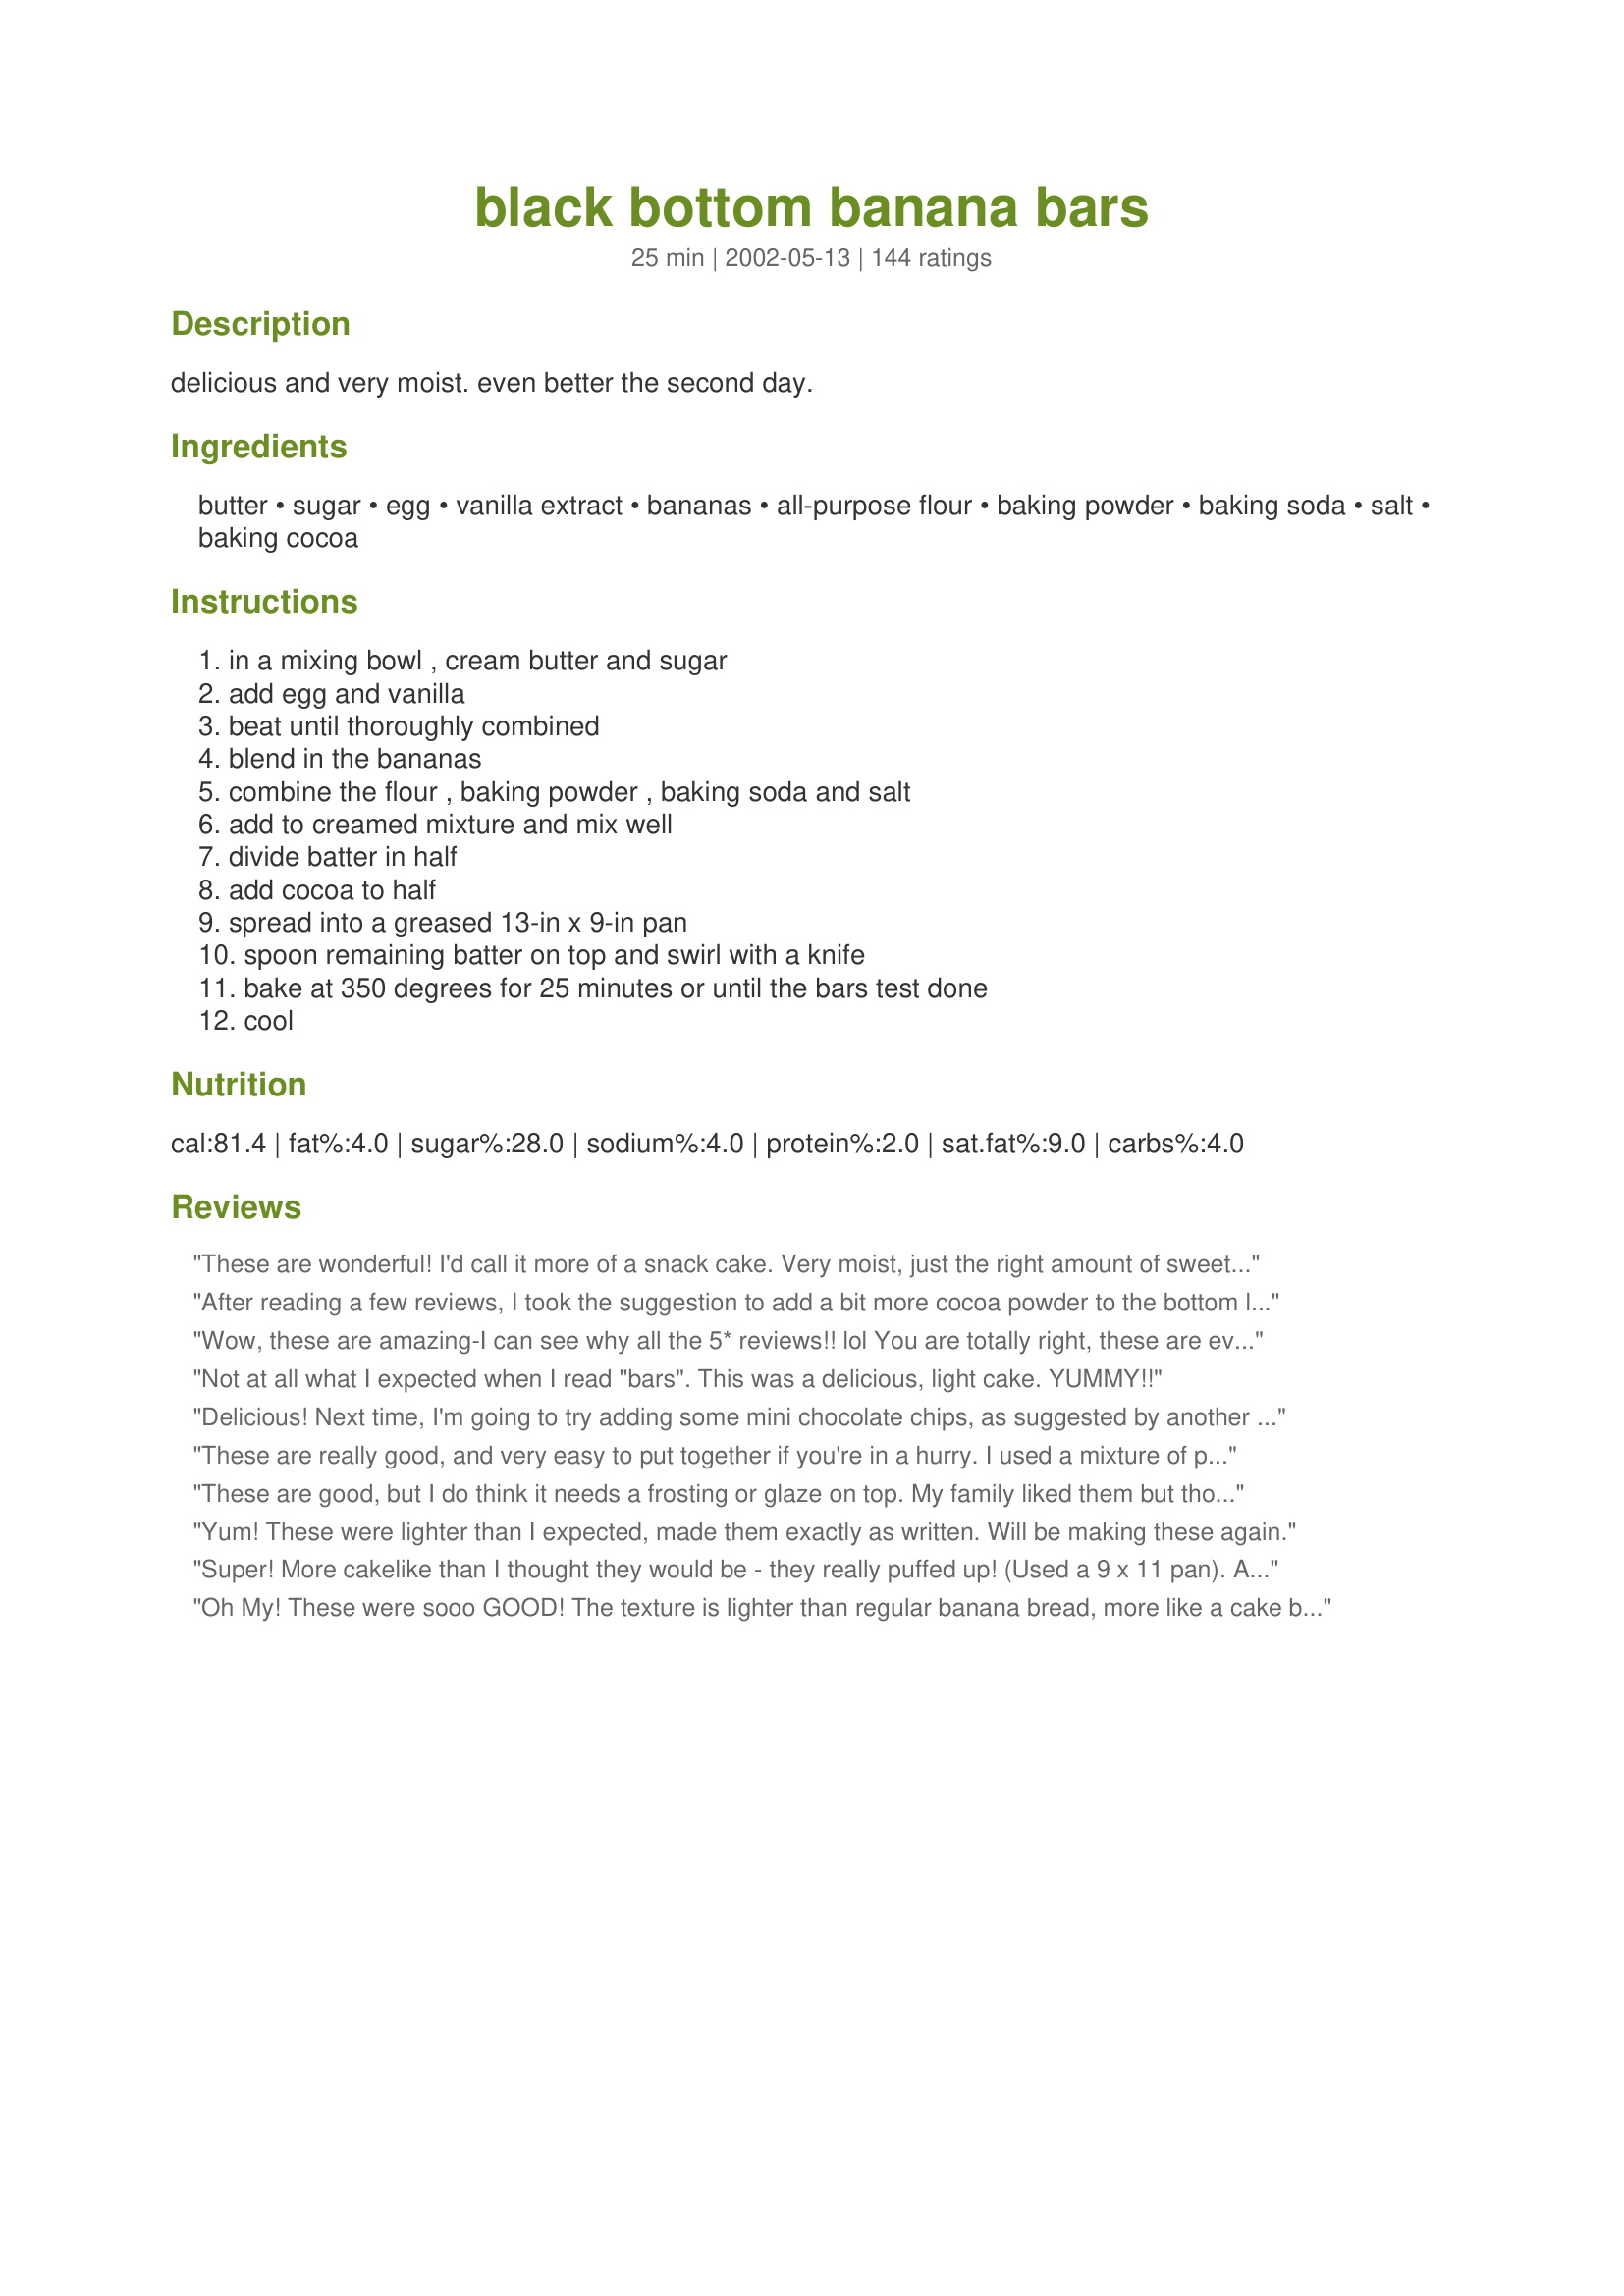
black bottom banana bars
Preparation time: 25 minutes

delicious and very moist. even better the second day.

Ingredients:
butter, sugar, egg, vanilla extract, bananas, all-purpose flour, baking powder, baking soda, salt, baking cocoa

Steps:
in a mixing bowl , cream butter and sugar, add egg and vanilla, beat until thoroughly combined, blend in the bananas, combine the flour , baking powder , baking soda and salt, add to creamed mixture and mix well, divide batter in half, add cocoa to half, spread into a greased 13-in x 9-in pan, spoon remaining batter on top and swirl with a knife, bake at 350 degrees for 25 minutes or until the bars test done, cool

Reviews:
These are wonderful! I'd call it more of a snack cake. Very moist, just the right amount of sweetness and chocolate flavor, and made from ingredients always on hand. I actually found the recipe on the internet when looking for ways to use up some ripe bananas. My son begs for this for dessert! Thanks for posting, Debster!
After reading a few reviews, I took the suggestion to add a bit more cocoa powder to the bottom layer and 1/4 bag of chocolate chips to the top and this recipe was perfect! I like the texture which is more like a snack cake. My coworkers, husband and myself give it all 5 stars.
Wow, these are amazing-I can see why all the 5* reviews!! lol
You are totally right, these are even more flavorful and moist the second day--even MORE the third! I made these 3 days in advance because I know from experience that banana bread type things only get better with time. What a great recipe, thanks for sharing!
Oh yes, and I got exactly 2 dozen bars.
Not at all what I expected when I read "bars". This was a delicious, light cake. YUMMY!!
Delicious! Next time, I'm going to try adding some mini chocolate chips, as suggested by another reviewer. The banana/chocolate combo is really good in this. Thanks for sharing!
These are really good, and very easy to put together if you're in a hurry. I used a mixture of pecans & walnuts in the plain banana batter, and next time I will add some chocolate chips to the chocolate batter (DH didn't think it was chocolate-y enough). Yummy change from plain banana bread - thanks for posting! -M =)
These are good, but I do think it needs a frosting or glaze on top. My family liked them but thought they were missing something. I will make again, they are easy to put together and look great. Thank you for posting, we liked them just want more sugar....ugh...lol.
Yum! These were lighter than I expected, made them exactly as written. Will be making these again.
Super! More cakelike than I thought they would be - they really puffed up! (Used a 9 x 11 pan). Added 1/4 cup of peanut butter to the white half and sprinkled the top with about 1/2 cup choc. chips before baking. (thanks, Canarygirl)! I will be making these again...
Oh My! These were sooo GOOD! The texture is lighter than regular banana bread, more like a cake because its tender and light, but still very moist. The banana flavor is very faint and the chocolate layer is what makes the cake! My boyfriend who claims to not like banana bread loved this! It is so easy to make as well. I will for sure be making this again, thanks for the recipe Debster!
I have died and gone to heaven. I made it twice and the second time I added 3/4 walnuts and sprinkled the top with some mini chocolate chips. Mmmmmm
I found these so simple to make and absolutely delicious. I added peanut butter to the batter for the bottom layer and chocolate chip pieces to the top. They were delicious! My family loved them so much they were gone with in 2 days! Definately a keeper!! Thanks
These were really good. They were more cakey than I expected but still very good. I added some cinnamon and it made them even better. To reduce the number of dishes, I did the chocolate layer on top because then I could dump half of the batter in the pan and then add the cocoa (instead of having to put half of the batter in a separate bowl). It really didn't seem to negatively affect anything so if you want to use less dishes just do the chocolate layer on top.
Woah, hoa! Loved these! I added white chocolate to the bottom layer, but not enough, will add more next time (maybe 3/4 cup?) and I baked in an 8x8" pan for about 40ish minutes. I really liked the height of them and wonder if they would be as impressive in the 9x13 pan. Moist and delightful, thanks!
mmmm DH said these were wonderful! So easy to put together and a great use for over ripe bananas, I added half walnuts to the top to define the squares, worked out very nicely. A very nice looking bar with the two colours, thanks for posting a good addition to my Holiday freezer stash!
Really good banana bread in bar-form. Great idea! I cut them into servings, wrapped in plastic wrap and froze for to-go lunches.
Great recipe and oh so easy! They are a nice change from the old everyday banana bread. Thanks much!!!
Wow, absolutely incredible! I added chocolate chips to the plain banana layer, other than that I followed the recipe exactly. These were kind of like a cross between banana cake and banana bread. Delicious! I think next time I may cut back on the sugar by a tablespoon or two, as they are quite sweet - but YUM!!! Thank you Debster!
UPDATE - just ate some that I had frozen for 5.5 months....still moist and delicious!
These were good, but I was hoping for moist as others have mentioned them turning out. I didn't find them moist at all. They were light and fluffy which was fine. They were a hit with everyone who tried a piece.
Oh gosh. I made these tonight and haven't been able to stop snacking on it since! I made a few changes: for the 1/2 cup of butter, I used 1/4 cup butter and 1/4 cup plain yogurt (which seems to have definitely upped the moistness of the bars. They almost melt in my mouth!) I also used less than a cup of sugar; maybe about 3/4 though I might try it with 1/2 cup next time as I like less sweet desserts. I also doubled the vanilla, used a very full 1/3 cup of cocoa (the base became very chocolatey and delicious) and added some cinnamon to the batter as well. Yum yum yum! Mine ended up baking for just under 30 minutes and it is so delicious! Thanks so much!
My 11 year old daughter made by herself while I made dinner. They were really delicious and obviously easy to make, since she really didn't ask for help, except to spread the batter in the pan. The amount of batter looked too little for the pan size, but they turned out fine. I might try a smaller pan next time to get a thicker 'cake/bar' Overall, loved the recipe and it was the perfect way to use the overripe bananas we had! Moist and delicious! I don't care for chocolate chips, as some reviewers have suggested, but I might add a touch more cocoa.
soo. very. GOOD! i used 1/2 hydronated, 1/2 non-hydronated margerine, 3/4 cup sugar, and 1/2 cup ww flour with 1 cup white. it was great! but they spoil quickly, so make sure you have a large enought household to eat them all!
This tasted great and very easy to make. I will add nuts next time. Not sure if it tastes better the next day. It got finished in one setting. Thanks.
Took these to work for a bake sale and they were gone so fast I didn't ever get a chance to try them, but was told they were a 10. thanks
Hi Debster!

Delicious bars. Used 1/2 C sugar and 4 ripe bananas. Also 1 tsp banana extract because DH likes things with intense banana flavor. Then sprinkled walnuts over about 2/3 of them before cooking (some can't eat nuts). didn't swirl just baked. What a treat! Will make these many times

Thanks Judy in WA
delcious! I was expecting something far more dense, but these were like cake. I used brown sugar because, well, we just don't keep white sugar in the house; I also used half whole wheat flour and half all-purpose. I can't wait to try the variations people have suggested. Thanks for a great way to use ripe bananas! (and to get rid of the fruit flies that tend to come with having ripe bananas, check out <a href="/187531">Fruit Fly/Gnat Trap</a>)
Delicious! Super fast to make and very much worth every second. I followed the recipe exactly and they came out super moist. I took some to my coworkers and they gobbled em up! Next time I'm going to try adding the chocolate chips/peanut butter everyone here is raving about and I may try adding some walnuts (chopped super fine).
These bars are a perfect way to use up over-ripe bananas! I took a hint from previous reviewers and mixed peanut butter and a few peanut butter chips into the "white" half. Everyone loved this easy, yummy dessert. Thanks Debster for giving me a tasty alternative to banana bread!
This is a good recipe. The texture was good; it's not too sweet. I added 1/2 cup of pecans to the banana layer. To the chocolate layer, I added 1/2 cup of chocolate chips. Also, I added 1 tsp instant coffee to the baking cocoa, then made a thin paste by adding 2-3 Tbs boiling water. Then I added this to the batter. I did top the bars with a cream cheese glaze.
These were a great way to use up bananas. Moist, easy to make, and the chocolate layer added an interesting kick. I also added about half a bag of bittersweet chocolate chips for extra decadence. Thanks for sharing...
DELICIOUS! Thank-you for a great recipe.
Easy and really yummy. I would suggest using bananas that are over-ripe....almost black! They are so rich in flavor. I also added white chocolate chips to the mix and it added a nice texture. :)
We too were looking for a recipe to use up bananas, but were tired of banana bread. These didn't have enough cocoa to make a huge change in flavor. They are very similar to banana bread. I took them to work for a Thanksgiving potluck lunch. Typically I come home with an empty dish, but I still have half a pan of these left. Sorry, only a 3 star rating
I was a bit disappointed with these as I had hoped they would be more of a brownie texture, whereas they were more cake-like. However, once I got past the texture these were quite good. I made a chocolate glaze using cocoa powder, confectioner's sugar, and water. The glaze added a bit more sweetness to them. I think next time I will add some chocolate chips to the batter. Thanks for the recipe!
Excellent! Did 1/2 recipe in 8X8 pan for 25 minutes. Added chocolate chips with the cocoa powder.
Really good! I used 1/2 whole wheat flour (reduced amt. slightly) and they came out just fine. The kids loved them. Thanks!
These were great! I added some peanut butter in the white layer and topped it with rough chopped dark chocolate, taking advice from other reviewers. I baked it in a 13X9' pan and the timing was perfect. This was a great twist on traditional banana bread :0)
It is always nice to have another way to use a black banana. These were easy to put together and quick to do. The result is very moist and even too buttery for us. I will look for a way to cut back a bit on the butter next time, they even had a bit of a too oily feel to them. Very pretty two toned bars that look much harder to do than they are.
ORGASMIC!! When I baked these heavenly treats as an alternative to banana bread, my family polished them within 24 hours. I love how they are are elegant, decadent, and hip all at the same time--they can be serve as anything!!
Step 9 of this recipe describes this creation to a T. You'll have to scroll down to see it, sorry. These bars are wonderful eaten when still warm, and when cool! I ate too many though. (Didn't think that was possible but it is.) Thanks for posting!
Thank you for posting this recipe! It was a great way to get rid of some old bananas and is a lot of fun to experiment with different flavors. I added peanut butter as well to the top half and sprinkled it with powdered sugar when it came out! Very tasty and pretty looking!
Moist and easy to make, however turned out more cakey than I was expecting.
These were good for a change of pace from banana bread. I only had 2 bananas, so was a little less "banana-y" than expected. I added pecans between the layers (forgot to mix in with bottom layer) and chocolate chips sprinkled on top as other reviewers have mentioned. I was terrible at splitting in half! so I didn't have much of a top layer! But overall pretty good and definitely more flavor the 2nd day!
Very yummy and easy to make! I replaced the butter with 1/4 cup oil and 1/4 cup plain yogurt. I also reduced the sugar to 3/4 cup. Next time, I may omit the oil and just do 1/2 cup of plain yogurt to make it fat-free. A nice change from banana bread.
I tried these out because we always have left over bananas and everyone was getting sick of banana bread. DH and DS love them! So do the neighbor kids. Can't go wrong with these.
Moist and delicious! Love the chocolatey twist on a traditional banana bread-type recipe. Not overly sweet, too.
LOVE them! I replaced the butter with apple sauce, used only 2 bananas and 1 c. wheat/ .5 c. white flour and they were so freaking delicious. These are now taking the place of my regular banana bread recipes.
Modified to make these gluten free by adding an extra 1/2 teaspoon of baking powder and using a gluten free flour mix. I also added some semi-sweet chocolate chips to the chocolate batter. Baked 25 minutes at 340 degrees in a glass 9x13 and they turned out fantastic!
Thanks Debster for a delicious recipe. Cut out most of the fat by using 1/3 c. of applesauce and about a Tbsp. of margarine (although butter probably would have been more flavorable). Cut the sugar to 3/4 cup and used 1 cup of flour. After baking, added a light dusting of powdered sugar on top. <br/><br/>This recipe is a keeper.
I also used light butter and splenda. I halved the recipe and put it in a 8x8 pan and baked it for about 20 mins and the results where wonderful!
Had to make these as soon as I found this recipe! Gr-r-r-r-r-eat!! Very moist and perfect. I'm glad that I found this recipe instead of making my usual banana bread. D-licious! :)
These are excellent. Did not take long at all to get in the oven. I used half Splenda and light margarine just to make them a little "lighter". I have also made them as written and did not notice a difference between the two. Will make often.
I could absolutely eat the entire pan of these delightful bars by myself! That is, if I can get DH to keep his hands off of them :) These are so wonderful and really are even better the next day, though it is utter torture to have to sit and stare at them and wait! I think next time I will add some nuts or chips as suggested by Graybert!
Yep...these are excellent. I used three large bananas and added nestle semi-sweet morsels on top before swirling...which blended the morsels in well. Yum !
yummy, yummy! made this at my boyfriends' grandmothers house and she couldn't stop nibbling on this! but neither could we! really delicious!! used a 9x9 pan and shoulda used a 9x13. they turned out good, just took forever to bake!
Delicious - definitely will make these again! I followed the recipe mostly (used a little less butter (6Tbsp) and a little less sugar than called for - the banana bars turned out fine (no problem cutting back on the butter & sugar). I also added chopped walnuts (mandatory for any banana-cake recipe) - very tasty. Thanks for posting.
Yum! Yum! I was tired of making the same old banana bread with my ripe bananas. This is our new replacement recipie!! I added chocolate chips in between and on top of the batter and it made it even richer. Very moist and YUMMY!
DH thought these were super tasty! I used the flax egg replacer since I didn't have any eggs on hand and also used finger bananas - they turned out great. After reading the other reviews I wanted to incorporate more chocolate somehow but didn't have any chips so I used hershey kisses - I just pushed them in when taking the bars out of the oven. Thanks for a great way to use extra bananas!
I'm not one to complain about anything that has bananas in it, but these deserve a standing ovation!!!! I followed the recipe exactly, and these were awesome! They are sooo easy to make, too! Thank you!!
~Manda
Tastes great and really moist, the kids loved it. I put chocolate chips in the white half, next time I'm going to try peanut butter.
Like everyone else I was trying to use up 3 very ripe bananas. I chose this recipe because it was a little different with the chocolate layer. I'm glad I did they are very moist an extremely tasty. I also had some left over cream cheese frosting from a carrot cake I had made so I drizzled that over the top and it was a nice addition for my husbands huge sweet tooth. Thanks so much for posting Debster!
These turned out delicious: good texture and and not too sweet. I won't give stars, because I made significant changes. Because some reviewers said they were bland, I doubled the vanilla, added a teaspoon of cinnamon, and increased the cocoa to a scant half cup. I also made them with 1 c white flour and 1/2 c whole wheat flour.
When I saw this recipe in a "Taste of Home" magazine 8 years ago, I fell in love with the picture and immediately set about to make it. No regrets! It does taste much better the second day.
These were great! I actually used a smaller pan (9X9) and baked them about 10 minutes longer. These were plump and moist...I used about 5 small extremely ripe black bananas, the flavor was intense and smooth. I also threw some Ghiradhelli chocolate chips on top before baking, simply smashing! I'm getting ready to take these over to my in-laws house right now, these are too dangerous to be left sitting out! :) Thanks! (posted 7/7/2002) ***UPDATE***: Well this is rather strange, but I just heard back from the inlaws today, and they said, &quot;I don't think those banana bars are something we would eat frequently. There's nothing wrong with them, they're just not to our taste.&quot; How odd, I thought, as the last time I checked they seemed to devour anything even remotely smudged with chocolate. Even so, I'm still standing by my 5-star rating.
Excellent way to use overripe bananas! I usually make Banana Chocolate Chip Bread, but my kids and husband love this so much that they only want this treat from now on! My additions to the recipe included approx 1/3 cup creamy peanut butter, 1/2 tsp nutmeg & 1 tsp cinnamon to the main batter, and 1 cup mini chocolate chips and approx 1/2 cup Nutella (chocolate hazelnut spread - I had it in the pantry) to the chocolate batter. I sprinkled 1/2 the top with mini chocolate chips (for the kids) and other half with pecans halves (for hubby and me). So moist and yummy!!!
Very moist, easy and delicious!YUM!
Wonderful recipe! Everyone ate them right up!
They were good, and I only had about a 8 min cooking time, but considering I made them into cupcakes instead of on a cake pan, I'd say they they came out just as expected! I put almonds and walnuts in the cocoa batter, and mixed chocolate sprinkles in the lighter banana batter, with sprinkles on top just for effect. They are very rich and moist, enjoyed by all!
This recipe is so good and so easy! They were browned before they were done in the center so I covered them with foil and cooked a few minutes longer-perfect! I baked them in a 9x11 pan. I added peanut butter to the second layer and some chocolate peanut butter chips to the other layer! Yum!
My daughter made these before and everyone loved them so had some bananas that needed to be used and thought of this recipe. Absolutely delicious. I didn't change a thing and will make it exactly like this the next time, too. From now on this is the only banana bread recipe I am going to use. Thanks so much. Now to be patient and not have another piece until tomorrow.
i made this for my man to take hunting, but i am keepin it for myself. I might eat the whole thing. doulbled the chocolate and added nuts and white chocolate chips. mmmmmmmmmmmmmmmmmmmm
Hi Debster, Really enjoyed these banana bars. They were so easy to throw together and I had them done in no time. I followed the recipe exactly and the bars turned out very moist. I brought them to my sister's luncheon today and everyone loved them. Thanks for a recipe I will make again.
These were wonderful. I added some chocolate chips to the chocolate layer and also added peanut butter frosting on top. Mmmmmm....
Really delicious and easy to make. I added some chopped walnuts to the chocolate-y part and some cinnamon to the top part.
Recipe was fine, and the bars look good, however, as far as taste goes, they were just okay. I am rather disappointed because so many reviewers gave it 5 stars so I thought it would be delicious.
These were moist and fluffy and just delicious! I added a smidgen of cinnamon to the flour mixture because I love cinnamon with bananas. Thanks for sharing.
Sorry, but we did not care for the chocolate/banana combination. Thanks for posting.
These were very moist. Not too flavourful though, I expected more of an intense banana flavour and a more chocolate flavour in the chocolate layer. We thought they were good, but they didn't go too quickly.
I just did a search to see if anyone had posted this recipe. My grandma gave me this recipe some years ago - it was cut off a plastic bag of something (I want to say confectioner's sugar, but that doesn't make sense since there isn't any of that in this recipe!). We love these bars. They are also good with some nuts, chocolate chips, or peanut butter chips mixed in. Yum!
My family didnt care for these, said they werent very flavorful. They are very moist, but awfully bland.
Super moist (almost wet) but that is probably because I used 3 medium bananas that yielded about 2-1/4 cups of mashed fruit. It baked up nicely in 25 minutes in my 9x13 Dansk cast iron baker. I brought them to the office today and while they were enjoyed by all, the most common comment was their lack of chocolate flavor. I will try them again, carefully measuring and using only 1-1/2 cups of banana and adding chocolate chips to the chocolate layer and walnuts to banana layer. Thanks for posting!
This recipe didn't turn out the way I thought it was going to but I was pleasantly surprised. The bars are cake-like but very light & moist. I love how fudgey the chocolate layer is!!
This turned out ok. Needed a little extra, so i mixed some PB into the top half which added flavor and sprinkled with chocolate chips. Next time may try nuts instead.
Very good! I made them this afternoon; I ate only a smidge. By the time I came home from work 5 hours later, the whole dish was just about eaten!
5 *s because I did it a bit differently. Didn't go to extra trouble to mix the batters, just combined everything. Did it in a brownie pan so it was a bit taller, think they might have been flat if you spread it out to a 13 X 9. Husband is an almond lover so added some almond extract &amp; ground almonds, but it's still great without.
Fast, easy and delicious. I made a half recipe using 2 bananas and one egg white but used the 1/4 cup cocoa based on other reviews suggesting that it could be more chocolatety. Also threw in about 1/2 cup mini chocolate chips into the top layer. Baked in a 9x9 pan and it was done in 15 minutes. Definitely a soft, cakelike texture (not chewy). We loved it and ate the entire cake within hours.
So good and so easy. We've been reheating them and serving with vanilla ice cream. Very yummy! Thanks for posting!
wow! this is extreme banana banana bars! Not sweet at all, very moist, goes very well with coffee or tea. I swirled it though so it came out technicolor! Looks like it came from the bakery! LOL thanks for this great recipe!
These bars are so yummy! they were super moist and had a wonderful banana flavor, added chocolate chips to the bottom and a pinch of nutmeg also.
Made this and brownies to a friend's BBQ. These were eaten first and got rave reviews all around. I added some chocolate chips to the top layer as well. YUM.
I have made these twice now and both times they turned out fantastic, however the second time I made them I added some walnuts to the top layer and a handful of chocolate chips to the bottom layer and that really put them on a different level!! Just the right amount of sweetness with a great consistency! Thanks for posting!
Delicious! These were so simple to make! I did add about 1/4 cup of peanut butter to the "white" mixture, as well as sprinkled the top with chocolate chips. I too used the 8 x 8 pan, but 10 minutes longer wasn't enough time for my oven...I ended up leaving them in for 20 minutes more. Thanks for a great recipe, Debster!
These were delish, however, in looking at the photos I expected a more of a brownie texture. Mine came out more like a cake texture. It is true though that they're better the next day-more time to sit and get moist. Thanks for a keeper!
Very good "cake" bar. Added more bananas- about 2 cups of very ripe mashed bananas. Also took hint of adding some chocolate chips to top of bottom layer. Very easy recipe. My baking powder was outdated and forgot to swirl, but came out moist and tasty. thanks
don't overbake
These are delightful! I think I'll add some pecans next time and maybe some mini chocolate chips to the chocolate layer. Great texture, wonderful flavor. I don't know if there will be any around to try tomorrow! Next time, I'll definitely make a double batch.
These are amazing! I sprinkled the top with chopped peanuts because we were out of peanut butter, and these turned out wonderful! I will definately be making this whenever we have ripe bananas around the house. Thank you so much for the recipe! :)
great recipe! Quick and easy. I did it all in my standing mixer (except final bit where you separate). I sprinkled small bittersweet chips on top too.
This recipe is a wonderful alternative to banana bread (my "auto-pilot" recipe for leftover bananas). My family seemed to appreciate the change, too...it was gobbled up in no time! Thanks a bunch!
Good, not great. It is very moist (I used 3 LARGE bananas). I also doubled the cocoa and think the recipe needs it. These are not the texture of brownies, but denser than cake.
WOW, these didnâ€™t stick around the house very longâ€¦ LOL. I added chocolate chips to the bottom layer and walnuts to the top layer. I used a 11 x 7 pan, so I had to cook it a bit longer. YUMM!
Excellent. I took this to a potluck (can you believe this was the only desert brought out of 12 people??) and it received top marks by all. Too bad I didn't make two!!? Thanks Debster.
Ooo . . . so good fresh out of the oven. The chocolate layer is fantastic. I added a half of a cup mini choc chips to the chocolate batter. This will definitely be a keeper.
This makes a great banana bread. Adding coco powder to half of the batter makes the bottom layer a bit dry. May try adding a 2 Tbsp. of coconut oil to the chocolate half to boost flavor and add moisture. I doubled the recipe in a 10x15 roasting pan.
These were so so good and easy! I had them in the oven 10 minutes after reading the recipe. I made them for my playdate, and my friend asked for the recipe before she left. I like that they are not too sweet and the chocolate doesnt overpower the banana. I made mine in a 2 qt. dish so they would be a little thicker. I had to increase my cooking time a little so that the center would set but they were still moist and fluffy. Thank you so much for this recipe!
Superb! I added some walnut pieces on the bottom (chocolate) layer. (My husband prefers nuts with bananas.) I loved the look of the contrasting dark and light layers. Much more tastier than any banana bread recipe I have ever made. The kids loved it, too. VERY MOIST. Thanks. A definite keeper.
reminds me off the chocolate covered bananas (monkey tails) they serve at Snookies ice cream shop in Beaverdale.IA.
Very easy and quick to assemble. I added choc chips to the bottom and pecans to the top. Premium! Thanks for sharing a great and easy recipe!
Yummy! Loved this recipe!!! I usually, for some reason dont like banana bread, but with the chocolate, this added a great taste! I added chocolate chips to my choc mix but next time i might try without them.&lt;br/&gt;&lt;br/&gt;Also, might try to put a little less sugar as I thought it was extremely sweet. And also might try the yogurt idea instead of butter and see how that works. &lt;br/&gt;&lt;br/&gt;Thanks!
I made these vegan with margarine and egg replacer. Wow, they were really really good! I added chocolate chips to the bottom and it rocked!
Fantastic !!! It took me a little longer to put these together as my hand-me-down (mom's) old hand mixer died half way through. Had no problem convincing my DH to go get me a new one. I added a 1/2 cup of semi-sweet choc chips to the chocolate batter and sprinkled more on the top. Had to hold my DH back from trying them hot.... No!!! they have to cool off. We both love them. Next time I'll try adding some pnut butter. Thank You Debster
I made this for about 12 guys to snack on while working at our farm. I had to print the recipe for 2 of them to take home to their wifes. They cleaned the plate and were still talking about "those banana bars" a week later. This recipe is a keeper!!!! wow! Note: the only change I made to original recipe was that I used some frozen overripe bananas that I had in the freezer instead of fresh.
I was going to post this recipe, but found it here already, so I'll review it instead. I've made these bars on more than one occasion. They're tasty and moist, and I like them even better the next day. They don't last long in our house!
I had some ripe bananas to use up and wanted something different then bananna bread or muffins. I took another reviewers advice and added 1 cup of white chocolate chips to the brown portion of the batter. These were very moist. Thank you for sharing your recipe.
These are wonderful! I will definitely be making these again!
Very good and a nice change to the banana bread I usually make when I have too many bananas threatening to over-ripen on me.
sorry, but even though I followed your recipe to a T, we just didn't care for these. They seemed kind of bland, and more bread-like than cake-like.Not bad though, but just not something that anyone wanted seconds of.
Boy oh boy did these turn out great! The only thing I changed is I used splenda for baking to cut down on the sugar....otherwise followed recipe...they turned out perfect...
Very moist; I took it out a little too early so the middle portion didn't bake all the way through. But still a pretty good recipe.
Delicious and easy with ingredients that are often in the house. I added a bag of chocloate chunks to the top before I put it in the oven. It didn't need them but it was good with them.Thanks for posting.
These were very moist and super easy to make! It only took me about ten minutes to put together, which is a real plus when you're rushed for time! I took some advice from the other reviewer and added some "white" chocolate chips to the chocolate mix - a real nice touch! The bananas give it such a wonderful taste - I served them to friends who came by for a quick get together and everyone thought that they were a definite "5"!! These are great - you really have to try them - moist, easy and delicious! Next time I'm going to try and add some roasted pecans to the chocolate half - yet another variation. Thank-you for posting this recipe - a definite winner in my books!!
Very moist. I cut the recipe in half & used whole wheat flour. I also added 1/4 tsp cinn & used 1 banana-also used Splenda, half red fat margarine & half applesauce. Think some mini choc chips would help the flavor, tho. But overall, very, very good!
Extremely delicious and indeed moist. I used seven small bananas that I defrosted and blended to form a nice, smooth paste. I also added in 1/4 cup chocolate chips (definitely recommended!), and chose to use brown sugar since it goes better with banana. And yes, it definitely tastes better the next day - too bad most of it finished on the first day itself!
Yum! These really hit the spot! I read a few reviews and decided to add some cinnamon and a handfull of chopped pecans and chocolate chunks because I had them on hand. I put 1/2 of the pecans and chocolate chunks on top of the chocolate layer, then spread the plain batter on top, more pecans and chocolate and then swirled with a knife. I will definitely make these again. Thanks!
when i first cut into these i thought, 'huh... 3 stars, maybe 4' but i can't keep out of them now! these are a little more cakey than i was expecting, i was hoping it'd be a little denser but are still very good. my toddler inhaled his piece, and when DD gets home from school i have no doubt she'll beg for more than she'll get. i used 1/2 whole wheat flour and kept all else the same, i may reduce the sugar slightly next time, they're pretty sweet but i also used way over ripe bananas (they were black and mushy!). nuts and/or chocolate chips would be good in this too. this is a nice change from banana bread that i'll make again, thanks!
So good! They were especially yummy right out of the oven. My toddler and preschooler LOVED these. I made them as the recipe said except that I used 1 cup all purpose flour and 1/2 cup whole wheat flour. I also added some white chocolate chips as suggested by another reviewer. Very good and easy to make!
If I could give this more stars I would!!! I made it for my family and they all love it too!!! I added 1 3/4 of mashed bananas instead (about 4 medium) and it was so yummy. This recipe is a definite keeper!
My husband loved this. I added mini chocolate chips to the chocolate batter and it really did add something to it. The texture is alot like a snack cake as another reviewer pointed out. I will definitely make this again when I have ripe bananas. A quick note...for me to get 1 1/2 cups of banana, I needed to use 4 large bananas....I wonder if reviewers claiming to only get a very mild banana taste were only using 3 and not actually measuring.
Chocolate and bananas...heaven mixed together.
I made these some time ago, i cant believe i forgot to rate them. these were excellent! whole family loved them, thank you so much for sharing.
Absolutely wonderful recipe. I did tweek it a bit. When I divided the batter in half, I added 3/4 c chocolate chips to the white batter, and 3/4 creamy peanut butter to the chocolate batter. Everyone who tasted them raved about them. This is definately a keeper!!
MARVELOUS!! soft and moist and just delicious. sifted the dry ingredients together (out of habit) and used half light brown sugar (also habit). followed other reviewers' suggestion to add chocolate chips to the bottom layer. i used a 10x10 pan. when spreading the batter out it seemed REALLY thin, almost didn't cover the bottom of the pan, but it baked up thick and beautiful! will definitely make again... in fact, i'm going out tomorrow to buy some bananas to leave on my counter for OOPS too long until i'm forced to make this again ;)
Delicious!! Will definitely make again. Like others, I used a 9x9 pan (don&#039;t have the other size) and added a few chocolate chips on top of chocolate layer and stirred in about a 1/4 cup of chopped walnuts in the banana mixture. Baked for an extra 5 minutes. Definitely will make again!
These were a huge hit. DH kept asking about them. I added walnuts to the white part. And dizzled a cream cheese glaze on top when the bars cooled. So good and a great change from banana bread. We will be making these again. Thanks!
Easy to make. Moist. Loved'em!
I made a few changes (used splenda for sugar and used light butter) Ran this through recipe builder on Weight Watchers and it is 1pt for 1 bar (cut into 18 bars) Yummy! Thanks for sharing!
Definitely a keeper recipe. I did add the 1/2 tsp cinnamon and 1/2 cup pecans as one reviewer suggested cause we love cinnamon and pecans. Otherwise followed recipe to the T and it was perfectly moist and as embarrasing as it sounds, 2 of us polished the whole pan off in less than 2 days. But it was sooo moist, chocolately and bananay. Thanks for sharing your recipe.
Great ... I halved this recipe using a round cake pan. I added a handful of mini choc.chips on top ... deelish ... !!!
WOW! These were super moist and delicious, i just took themout of the oven and i had one warm topped with whipped cream, omg they are 2 die 4!! (And their not 2 bad 4 u). Definatly a keeper, thanx!
Very good,easy and moist. I frosted with peanut butter icing.
Had some bananas that were screaming to be used - decided to give your banana bars a try - I am so happy I picked your recipe Debster! Your bars were fast and easy to prepare and were enjoyed by everyone in my family! Thanks for a great recipe!
Awesome - Modified it for HEALTHY version and it still came out great! Even my 6 & 7 year old liked it and they usually shy away from banana bread. Here's what I sub'd. 1/2 cup light butter
1 cup splenda
2 egg whites
3/4 c whole wheat flour
3/4 c flour
I also added 1 small apple that desperately needed to be used, chopped finely.
We were disappointed at first when we tried these while still warm. But after they cooled down, the flavor came through and we changed our opinion. The cake disappeared in one day. We'll be making again. Thanks.
This was really good, the kids helped out and were intrigued by the two layers. The only change I made to increase nutrition was to use Krusteuz Whole Wheat Pancake Mix Flour in place of the plain flour and baking powder/soda mixture. Turned out perfect.
Super easy, and moist, with a cake-like consistancy. Everybody loves this, and its not bad for you. We've made it a few times and it turned out great every time.
